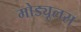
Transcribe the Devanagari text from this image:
मोड्यूलस